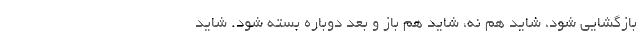
بازگشایی شود، شاید هم نه، شاید هم باز و بعد دوباره بسته شود. شاید